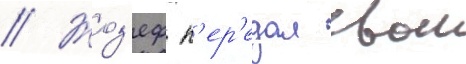
// Жоз'еф п'ер'едал свои